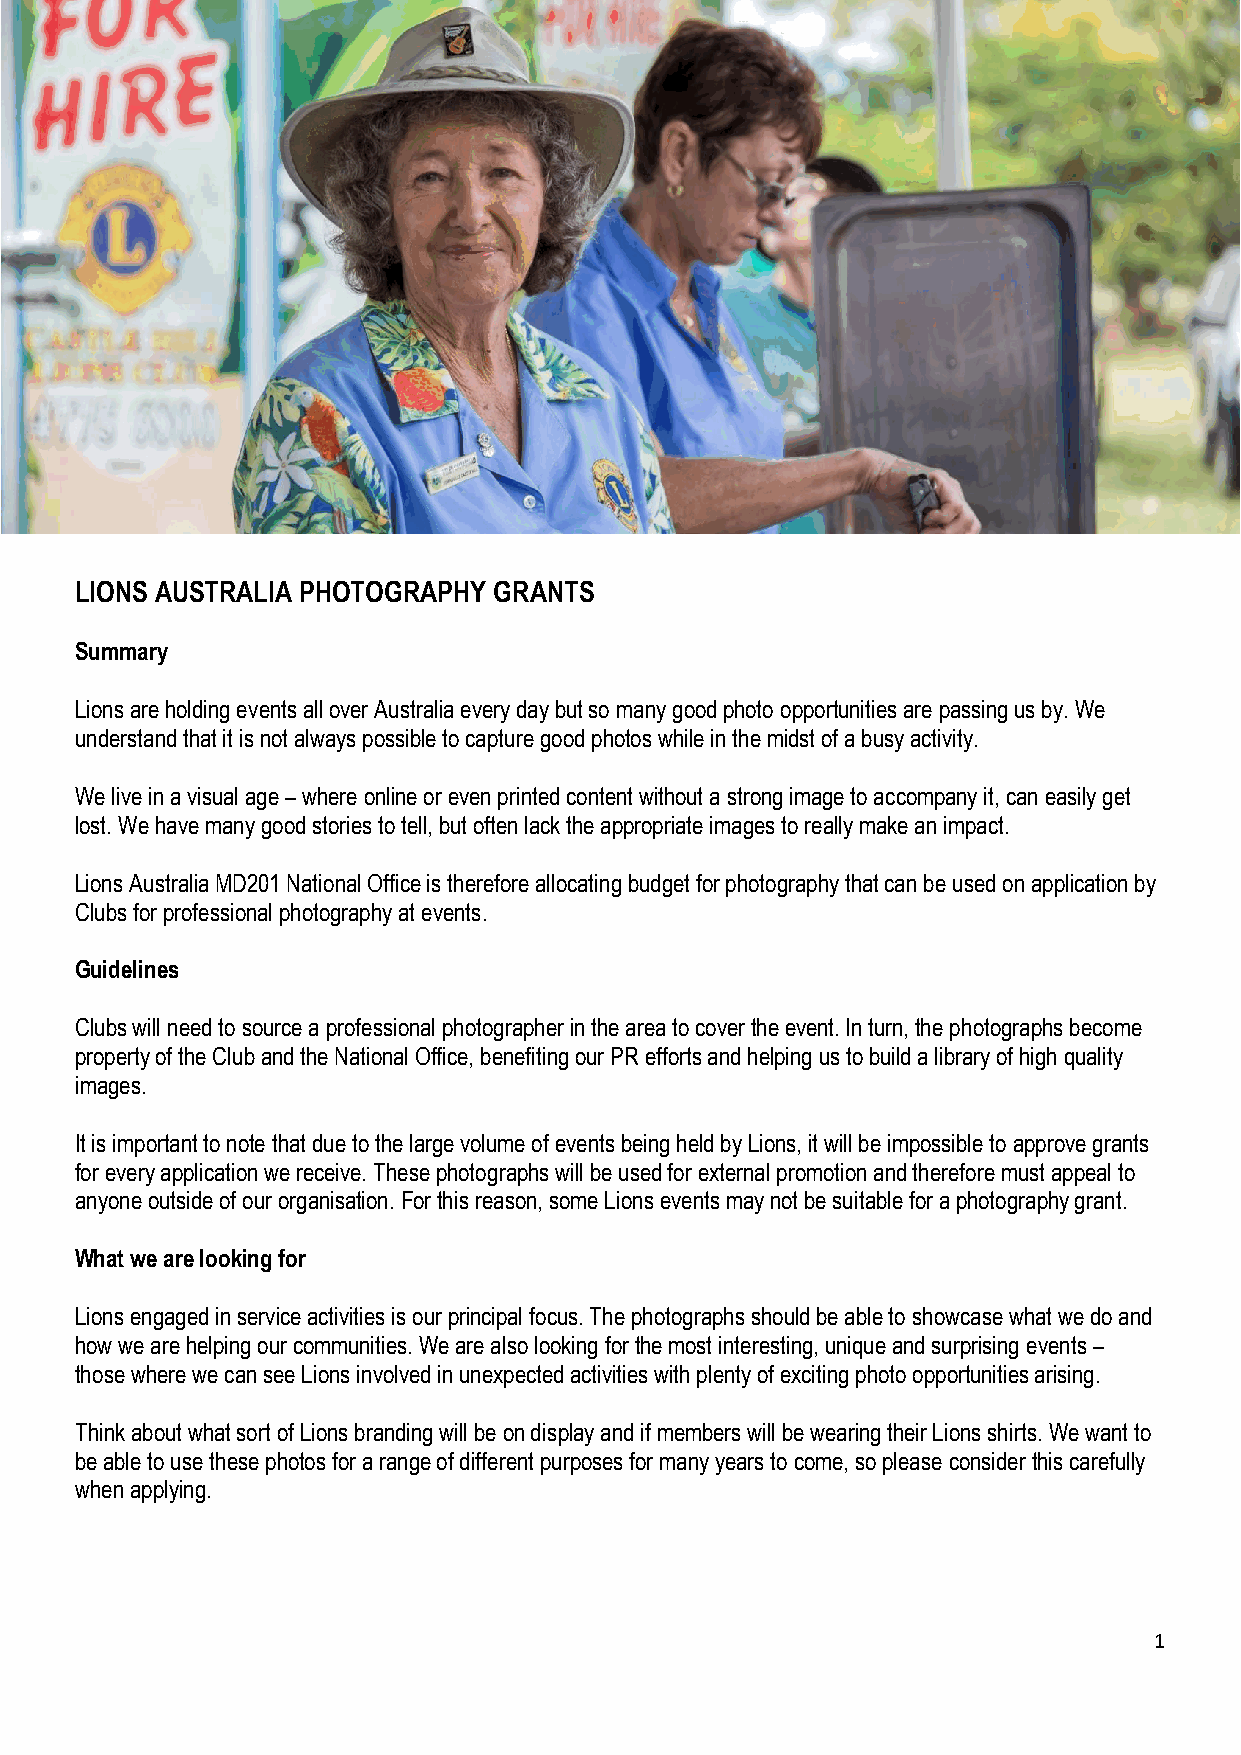
LIONS AUSTRALIA PHOTOGRAPHY GRANTS
 Summary
 Lions are holding events all over Australia every day but so many good photo opportunities are passing us by. We
 understand that it is not always possible to capture good photos while in the midst of a busy activity.
 We live in a visual age – where online or even printed content without a strong image to accompany it, can easily get
 lost. We have many good stories to tell, but often lack the appropriate images to really make an impact.
 Lions Australia MD201 National Office is therefore allocating budget for photography that can be used on application by
 Clubs for professional photography at events.
 Guidelines
 Clubs will need to source a professional photographer in the area to cover the event. In turn, the photographs become
 property of the Club and the National Office, benefiting our PR efforts and helping us to build a library of high quality
 images.
 It is important to note that due to the large volume of events being held by Lions, it will be impossible to approve grants
 for every application we receive. These photographs will be used for external promotion and therefore must appeal to
 anyone outside of our organisation. For this reason, some Lions events may not be suitable for a photography grant.
 What we are looking for
 Lions engaged in service activities is our principal focus. The photographs should be able to showcase what we do and
 how we are helping our communities. We are also looking for the most interesting, unique and surprising events –
 those where we can see Lions involved in unexpected activities with plenty of exciting photo opportunities arising.
 Think about what sort of Lions branding will be on display and if members will be wearing their Lions shirts. We want to
 be able to use these photos for a range of different purposes for many years to come, so please consider this carefully
 when applying.
 1